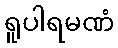
ရူပါရမဏံ